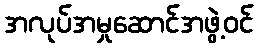
အလုပ်အမှုဆောင်အဖွဲ့ဝင်